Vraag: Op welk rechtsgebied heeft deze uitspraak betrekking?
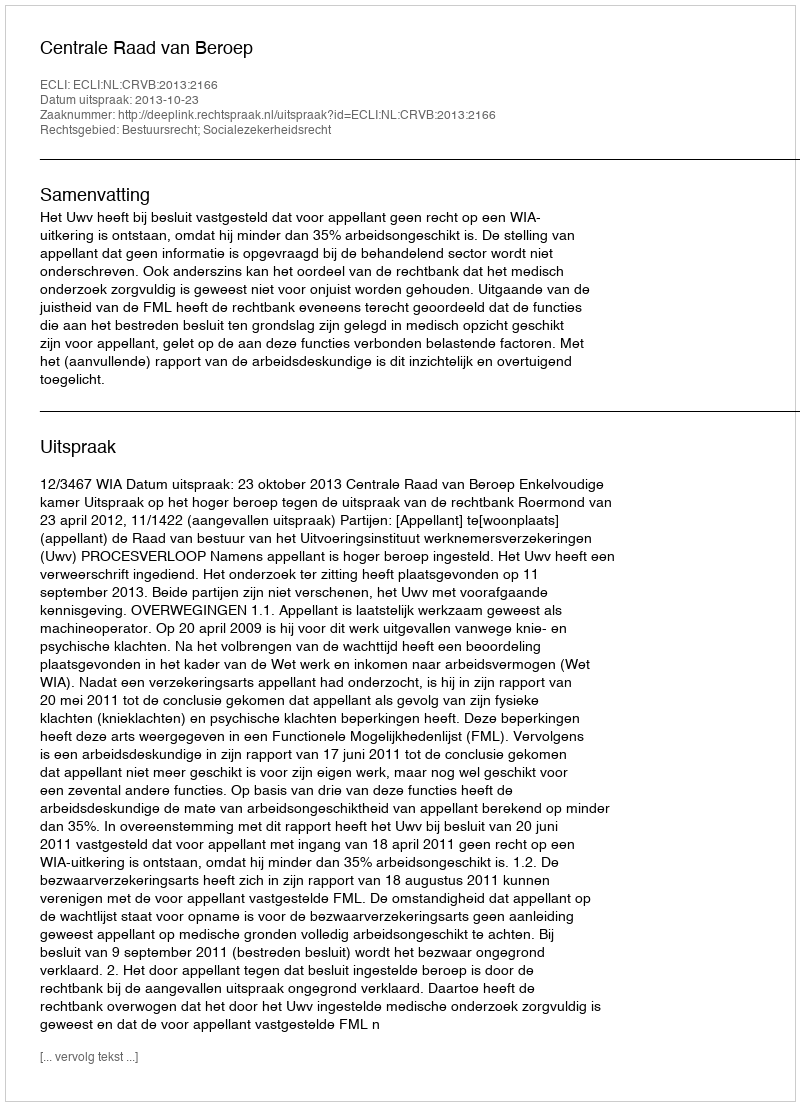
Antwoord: Bestuursrecht; Socialezekerheidsrecht